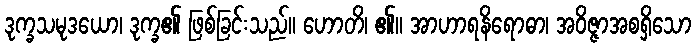
ဒုက္ခသမုဒယော၊ ဒုက္ခ၏ ဖြစ်ခြင်းသည်။ ဟောတိ၊ ၏။ အာဟာရနိရောဓာ၊ အဝိဇ္ဇာအစရှိသော